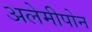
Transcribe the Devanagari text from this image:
अलेमीपोन